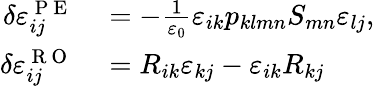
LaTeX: \begin{array}{rl}{\delta\varepsilon_{ij}^{\mathrm{~P~E~}}}&{{}=-\frac{1}{\varepsilon_{0}}\varepsilon_{ik}p_{klmn}S_{mn}\varepsilon_{lj},}\\ {\delta\varepsilon_{ij}^{\mathrm{~R~O~}}}&{{}=R_{ik}\varepsilon_{kj}-\varepsilon_{ik}R_{kj}}\end{array}